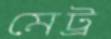
মেট্র